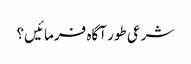
شرعی طور آگاہ فرمائیں؟